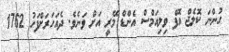
ހުންނަ ކޮލެޖް އޮފް ވިލިއަމްސް އެންޑް މޭރީ އަށް ވަނެވެ. ދެއަހަރަށްފަހު 1762